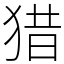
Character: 猎